Report of the Indian Hemp Drugs Commission, 1894-1895 - Volume VI
Year: 1894
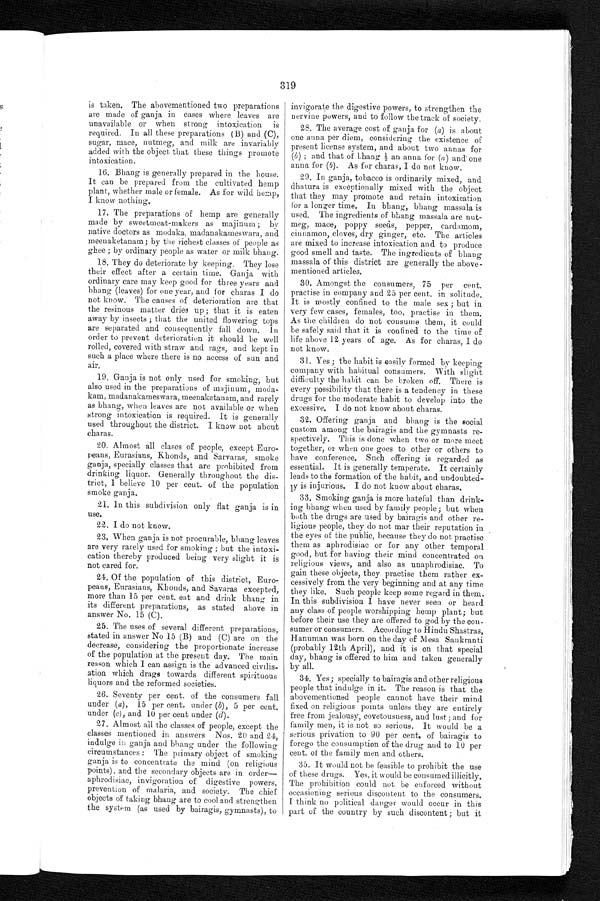
319
is taken. The abovementioned two preparations
are made of ganja in cases where leaves are
unavailable or when strong intoxication is
required. In all these preparations (B) and (C),
sugar, mace, nutmeg, and milk are invariably
added with the object that these things promote
intoxication.
16. Bhang is generally prepared in the house.
It can be prepared from the cultivated hemp
plant, whether male or female. As for wild hemp,
I know nothing.
17. The preparations of hemp are generally
made by sweetmeat-makers as majinum ; by
native doctors as modaka, madanakameswara, and
meenaketanam; by the richest classes of people as
ghee ; by ordinary people as water or milk bhang.
18. They do deteriorate by keeping. They lose
their effect after a certain time. Ganja with
ordinary care may keep good for three years and
bhang (leaves) for one year, and for charas I do
not know. The causes of deterioration are that
the resinous matter dries up; that it is eaten
away by insects ; that the united flowering tops
are separated and consequently fall down. In
order to prevent deterioration it should be well
rolled, covered with straw and rags, and kept in
such a place where there is no access of sun and air.
19. Ganja is not only used for smoking, but
also used in the preparations of majinum, moda
- k a m , m a d a n a k a m e s w a r a , m e e n a k e t a n a m , a n d r a r e l y
as bhang, when leaves are not available or when
strong intoxication is required. It is generally
used throughout the district. I know not about
charas.
20. Almost all clases of people, except Euro
- p e a n s , E u r a s i a n s , K h o n d s , a n d S a r v a r a s , s m o k e
ganja, specially classes that are prohibited from
drinking liquor. Generally throughout the dis
- t r i c t , I b e l i e v e 1 0 p e r c e n t . o f t h e p o p u l a t i o n
smoke ganja.
21.
In this subdivision only flat ganja is in
use.
22. I do not know.
23. When ganja is not procurable, bhang, leaves
are very rarely used for smoking ; but the intox
i - c a t i o n t h e r e b y p r o d u c e d b e i n g v e r y s l i g h t i t i s
not cared for.
24. Of the population of this district, Eur
o - p e a n s , E u r a s i a n s , K h o n d s , a n d S a v a r a s e x c e p t e d ,
more than 15 per cent. eat and drink bhang in
its different preparations, as stated above in
answer No. 15 (C).
25. The uses of several different preparations,
stated in answer No 15 (B) and (C) are on the
decrease, considering the proportionate increase
of the population at the present day. The main
reason which I can assign is the advanced civilis
- a
t i o n w h i c h d r a g s t o w a r d s d i f f e r e n t s p i r i t u o u s
liquors and the reformed societies.
26. Seventy per cent. of the consumers fall
under (a), 15 per cent. under (b) , 5 per cent.
under (c) , and 10 per cent under ( d).
27. Almost all the classes of people, except the
classes mentioned in answers Nos. 20 and 24,
indulge in ganja and bhang under the following
circumstances : The primary object of smoking
ganja is to concentrate the mind (on religious
points), and the secondary objects are in order—
aphrodisiac, invigoration of digestive powers,
prevention of malaria, and society. The chief
objects of taking bhang are to cool and strengthen
the system (as used by bairagis, gymnasts), to
invigorate the digestive powers, to strengthen the
nervine powers, and to follow the track of society.
28. The average cost of ganja for ( a) is about
one anna per diem, considering the existence of
present license system, and about two annas for
(b) ; and that of bhang ½ an anna for (a ) a n d o n e
anna for ( b). As for charas, I do not know.
29. In ganja, tobacco is ordinarily mixed, and
dhatura is exceptionally mixed with the object
that they may promote and retain intoxication
for a longer time. In bhang, bhang massala is
used. The ingredients of bhang massala are nut
-meg, mace, poppy seeds, pepper, cardamom,
cinnamon, cloves, dry ginger, etc. The articles
are mixed to increase intoxication and to produce
good smell and taste. The ingredients of bhang
massala of this district are generally the abov
e-mentioned articles.
30. Amongst the consumers, 75 per cent.
practise in company and 25 per cent. in solitude.
It is mostly confined to the male sex ; but in
very few cases, females, too, practise in them.
As the children do not consume them, it could
be safely said that it is confined to the time of
life above 12 years of age. As for charas, I do
not know.
31. Yes ; the habit is easily formed by keeping
company with habitual consumers. With slight
difficulty the habit can be broken off. There is
every possibility that there is a tendency in these
drugs for the moderate habit to develop into the
excessive. I do not know about charas.
32. Offering ganja and bhang is the social
custom among the bairagis and the gymnasts r
e - s p e c t i v e l y . T h i s i s d o n e w h e n t w o o r m o r e m e e t
together, or when one goes to other or others to
have conference. Such offering is regarded as
essential. It is generally temperate. It certainly
leads to the formation of the habit, and undoubte
d - l y i s i n j u r i o u s . I d o n o t k n o w a b o u t c h a r a s .
33. Smoking ganja is more hateful than drink
- i n g b h a n g w h e n u s e d b y f a m i l y p e o p l e ; b u t w h e n
both the drugs are used by bairagis and other re
- l i g i o u s p e o p l e , t h e y d o n o t m a r t h e i r r e p u t a t i o n i n
the eyes of the public, because they do not practise
them as aphrodisiac or for any other temporal
good, but for having their mind concentrated on
religious views, and also as unaphrodisiac. To
gain these objects, they practise them rather ex
- c e s s i v e l y f r o m t h e v e r y b e g i n n i n g a n d a t a n y t i m e
they like. Such people keep some regard in them.
In this subdivision I have never seen or heard
any class of people worshipping hemp plant; but
before their use they are offered to god by the con
- s u m e r o r c o n s u m e r s . A c c o r d i n g t o H i n d u S h a s t r a s ,
Hanuman was born on the day of Mesa Sankranti
(probably 12th April), and it is on that special
day, bhang is offered to him and taken generally
by all.
34. Yes ; specially to bairagis and other religious
people that indulge in it. The reason is that the
abovementioned people cannot have their mind
fixed on religious points unless they are entirely
free from jealousy, covetousness, and lust ; and for
family men, it is not so serious. It would be a
serious privation to 90 per cent. of bairagis to
forego the consumption of the drug and to 10 per
cent. of the family men and others.
35. It would not be feasible to prohibit the use
of these drugs. Yes, it would be consumed illicitly.
The prohibition could not be enforced without
occasioning serious discontent to the consumers.
I think no political danger would occur in this
part of the country by such discontent ; but it